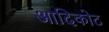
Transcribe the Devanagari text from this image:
आदिकोट